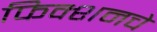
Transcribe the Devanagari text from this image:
फिक्शनचे